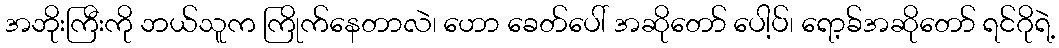
အဘိုးကြီးကို ဘယ်သူက ကြိုက်နေတာလဲ၊ ဟော ခေတ်ပေါ် အဆိုတော် ပေါ့ပ်၊ ရော့ခ်အဆိုတော် ရင်ဂိုရဲ့